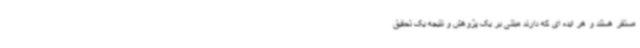
مستقر هستند و هر ایده ای که دارند مبتنی بر یک پژوهش و نتیجه یک تحقیق